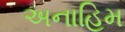
અનાહિમ